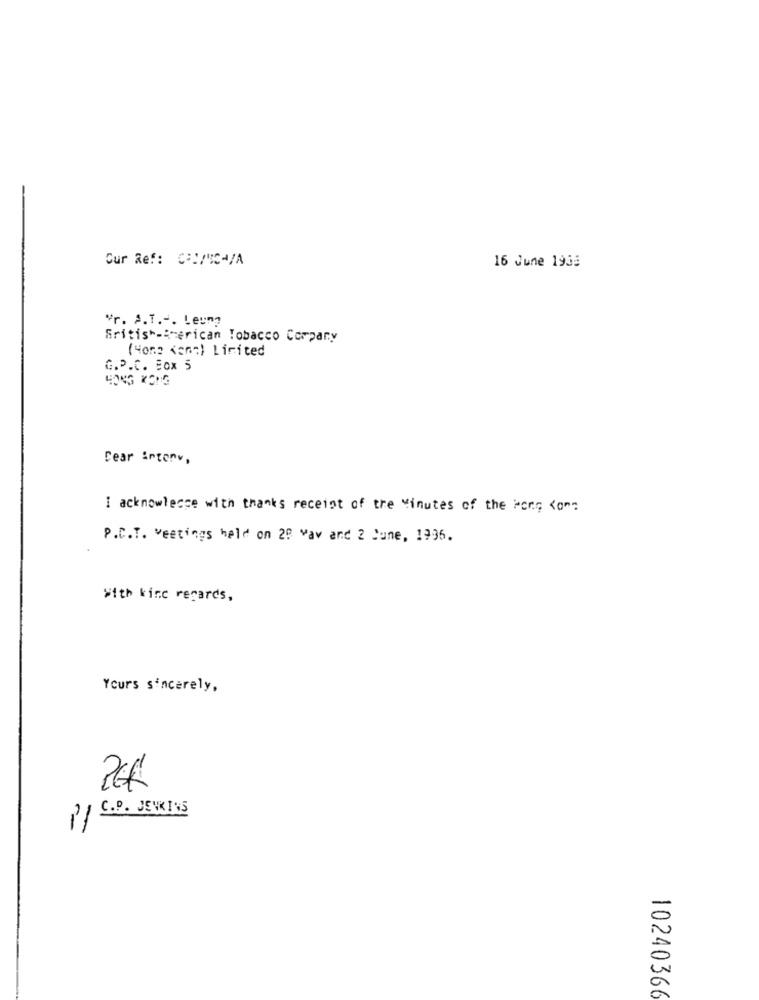
Cur Ref: C=2/04/A
16 June 1955
Vr. A.T .-. Leung
British-American Tobacco Company
(None cent) Licited
G.P.C. Box 5
HONG KONG
Dear interv,
I acknowlecce with thanks receipt of tre Minutes of the Porg <om?
P.C.T. veetings held on 20 Vav and 2 June, 1996.
With kind regards,
Yours sincerely,
PER
C.P. JENKINS
11
10240366